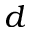
d